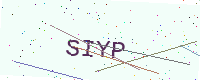
Text: SIYP